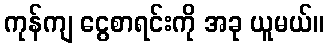
ကုန်ကျ ငွေစာရင်းကို အခု ယူမယ်။